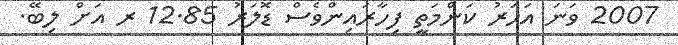
2007 ވަނަ އަހަރު ކަންމަތީ ފިހާރައިންވެސް ޑޮލަރު 12.85 ރ އަށް ލިބޭ.